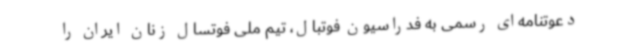
دعوتنامه‌ای رسمی به فدراسیون فوتبال، تیم ملی فوتسال زنان ایران را